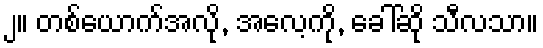
၂။ တစ်ယောက်အလို, အလေ့ကို, ခေါ်ဆို သီလသာ။